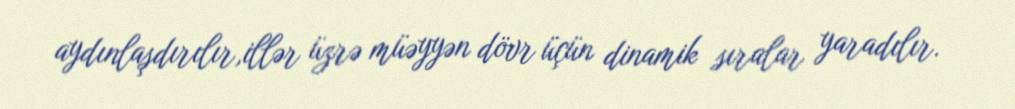
aydınlaşdırılır,illər üzrə müəyyən dövr üçün dinamik sıralar yaradılır.